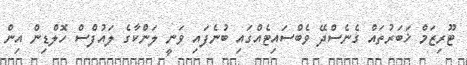
ޓޫރިޒަމް ޚަބަރުތައް ގެނެސްދޭ ވެބްސައިޓެއްގައި ބުނެފައި ވަނީ ލަންކާގެ ލައުފްސް ހޮލްޑިން އިން